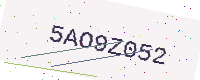
Text: 5AO9Z052